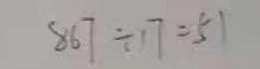
8 6 7 \div 1 7 = 5 1